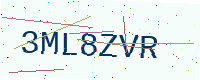
Text: 3ML8ZVR